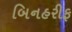
બિનહરીફ